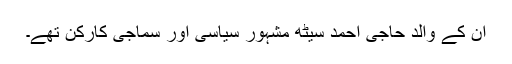
ان کے والد حاجی احمد سیٹھ مشہور سیاسی اور سماجی کارکن تھے۔